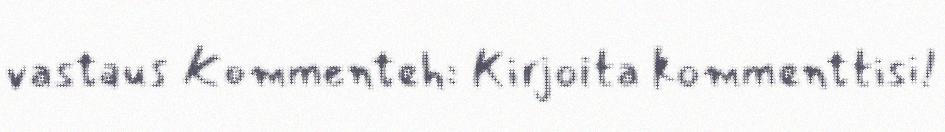
vastaus Kommenteh: Kirjoita kommenttisi!